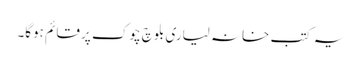
یہ کتب خانہ لیاری بلوچ چوک پر قائم ہوگا۔